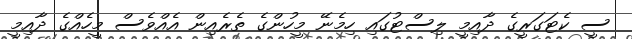
ސީ ކެޓަގަރީގެ ދާއިމީ ލިސްޓުގައި ހިމެނޭ މީހުންގެ ތެރެއިން އެއްވެސް މީހެއްގެ ދާއިމީ